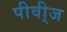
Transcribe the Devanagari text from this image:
पीवी्ज